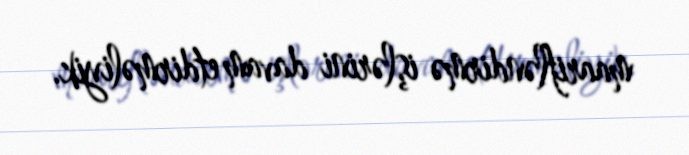
maarifləndirmə işlərini davam etdirməliyik.